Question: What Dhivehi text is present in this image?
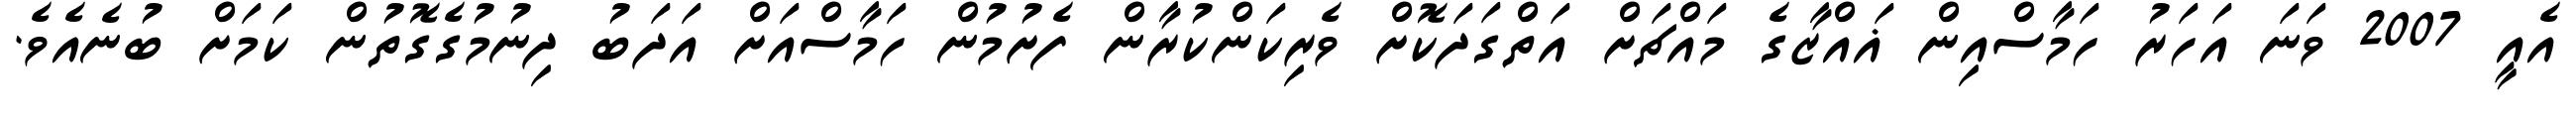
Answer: އެއީ 2007 ވަނަ އަހަރު ހަމާސްއިން ޣައްޒާގެ މައްޗަށް އަތްގަދަކޮށް ވެރިކަންކުރާން ފެށުމުން ހަމާސްއަށް އަދަބު ދިނުމުގެގޮތުން ކަމަށް ބުނެއެވެ.